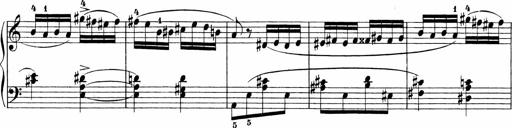
Title: 3 Sonatinas
Composer: Carl Reinecke